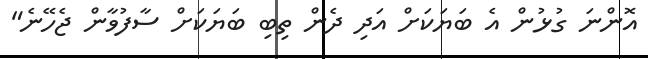
އޮންނަ ގުޅުން އެ ބަޔަކަށް އަދި ދެން ތިބި ބަޔަކަށް ސާފުވާން ޖެހޭނެ"